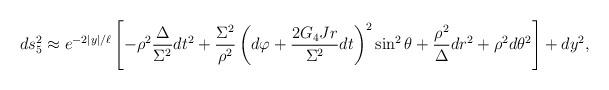
LaTeX: \begin{align*}ds_5^2 \approx e^{-2|y|/\ell}\left[- \rho^2\frac{\Delta}{\Sigma^2} dt^2+ \frac{\Sigma^2}{\rho^2}\left(d\varphi + \frac{2G_4Jr}{\Sigma^2}dt\right)^2\sin^2{\theta} + \frac{\rho^2}{\Delta}dr^2 + \rho^2 d\theta^2\right ]+ dy^2 ,\end{align*}